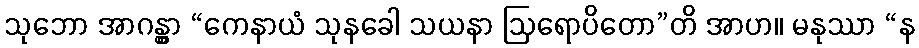
သုဘော အာဂန္တွာ “ကေနာယံ သုနခေါ သယနာ ဩရောပိတော”တိ အာဟ။ မနုဿာ “န